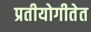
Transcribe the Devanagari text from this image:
प्रतीयोगीतेत